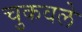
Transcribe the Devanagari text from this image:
चुकवले